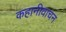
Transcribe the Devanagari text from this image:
कहानीवाचन